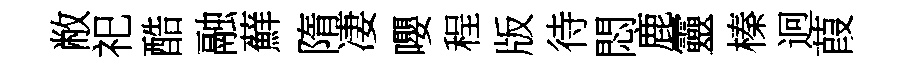
敝祀酷融蘚隋凄嚶程版待悶鹿靈榛迥葭